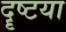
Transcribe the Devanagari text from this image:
दॄष्टया